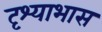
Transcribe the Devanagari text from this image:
दृश्याभास